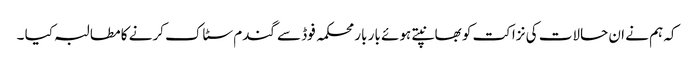
کہ ہم نے ان حالات کی نزاکت کو بھانپتے ہوئے بار بار محکمہ فوڈ سے گندم سٹاک کرنے کا مطالبہ کیا ۔